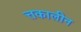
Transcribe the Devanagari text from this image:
त्तकालीन